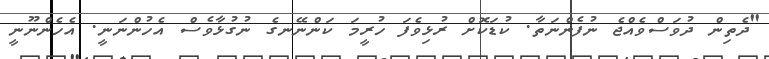
"ދެތިން ދުވަސްވެއްޖެ ނުފެންނަތާ. ކުޑަކޮށް ރުޅިވެފަ ހުރީމަ ކަންނޭނގެ ނުގުޅާވެސް އެހުންނަނީ. އެހެންނޫނީ